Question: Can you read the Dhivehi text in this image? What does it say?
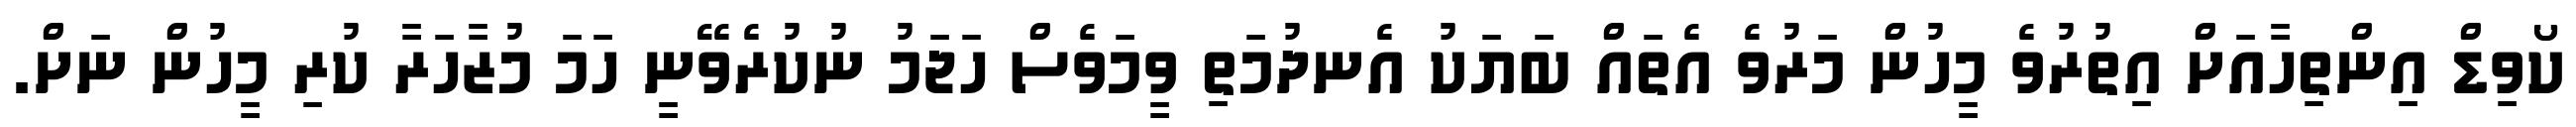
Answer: ކޯވިޑް އިންތިހާއަށް އިތުރުވެ މީހުން މަރުވެ އެތައް ބަޔަކު އެނދުމަތި ވީމަވެސް ހަޖަމު ނުކުރެވޭނީ ހަމަ މުޒާހަރާ ކުރި މީހުން ނަށް.